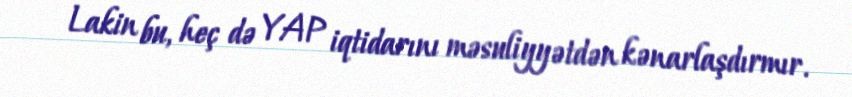
Lakin bu, heç də YAP iqtidarını məsuliyyətdən kənarlaşdırmır.